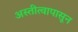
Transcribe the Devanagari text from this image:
अस्तीत्वापासून